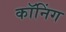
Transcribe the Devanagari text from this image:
कॉनिंग